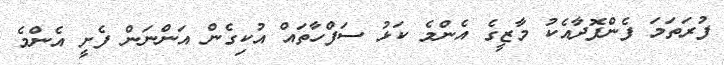
ފުރަތަމަ ފެންފޮދާއެކު މާޒީގެ އެންމެ ކަޅު ސަފްހާތައް އުކިގެން އަންނަން ފެށީ އެންމެ